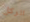
الركل